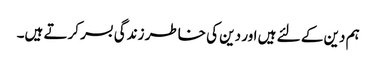
ہم دین کے لئے ہیں اور دین کی خاطر زندگی بسر کرتے ہیں۔